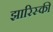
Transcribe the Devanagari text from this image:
झारिस्की